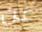
عن